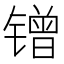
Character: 𲈜